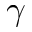
\gamma